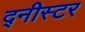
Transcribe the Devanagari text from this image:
द्नीस्टर